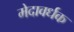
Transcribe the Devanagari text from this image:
मेदावर्धक